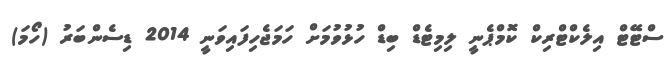
ސްޓޭޓް އިލެކްޓްރިކް ކޮމްޕެނީ ލިމިޓެޑް ބިޑް ހުޅުވުމަށް ހަމަޖެހިފައިވަނީ 2014 ޑިސެންބަރު (ހޯމަ)